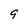
Character: 9